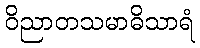
ဝိညာတသမာဓိသာရံ